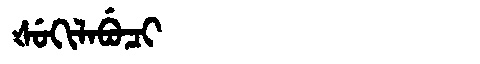
Manchu: ᡧᡠᡴᡳᠯᠠᠪᡠᠴᡳ
Romanization: ŠUKILABUCI